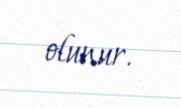
olunur.